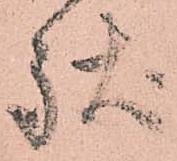
駄